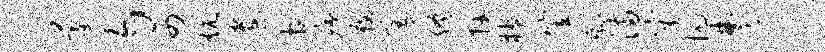
蒙匀四炕遣游痍鞍宥终卉楔笠剩满灾抗楚